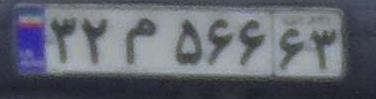
۳۲م۵۶۶۶۳